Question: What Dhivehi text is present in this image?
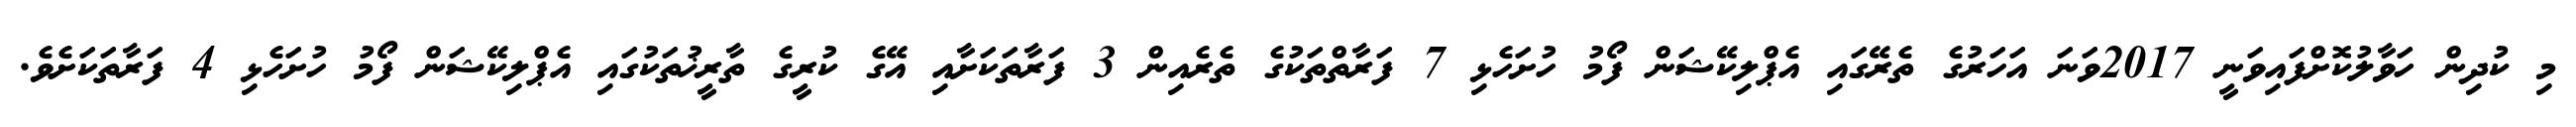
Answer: މި ކުދިން ހަވާލުކޮށްފައިވަނީ 2017ވަނަ އަހަރުގެ ތެރޭގައި އެޕްލިކޭޝަން ފޯމު ހުށަހެޅި 7 ފަރާތްތަކުގެ ތެރެއިން 3 ފަރާތަކަށާއި އޭގެ ކުރީގެ ތާރީޚުތަކުގައި އެޕްލިކޭޝަން ފޯމު ހުށަހެޅި 4 ފަރާތަކަށެވެ.